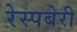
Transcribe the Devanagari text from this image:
रेस्पबेरी